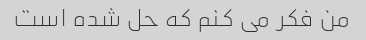
من فکر می کنم که حل شده است